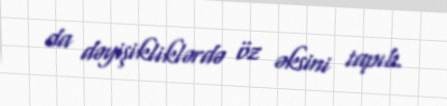
da dəyişikliklərdə öz əksini tapıb.